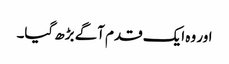
اور وہ ایک قدم آگے بڑھ گیا۔